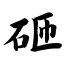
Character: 砸